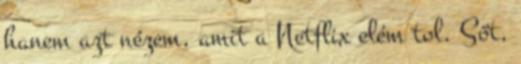
hanem azt nézem, amit a Netflix elém tol. Sőt,